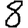
Digit: 8